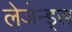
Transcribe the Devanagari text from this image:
लेजेन्ड्स